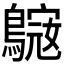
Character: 𪄓